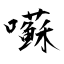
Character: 囌